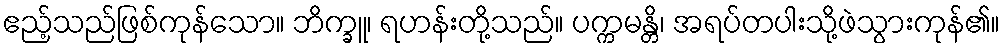
ဧည့်သည်ဖြစ်ကုန်သော။ ဘိက္ခူ၊ ရဟန်းတို့သည်။ ပက္ကမန္တိ၊ အရပ်တပါးသို့ဖဲသွားကုန်၏။